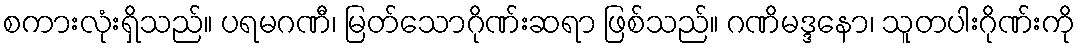
စကားလုံးရှိသည်။ ပရမဂဏီ၊ မြတ်သောဂိုဏ်းဆရာ ဖြစ်သည်။ ဂဏိမဒ္ဒနော၊ သူတပါးဂိုဏ်းကို